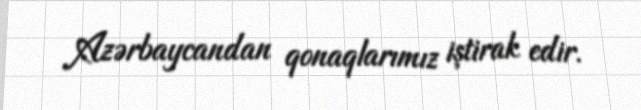
Azərbaycandan qonaqlarımız iştirak edir.